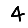
Digit: 4